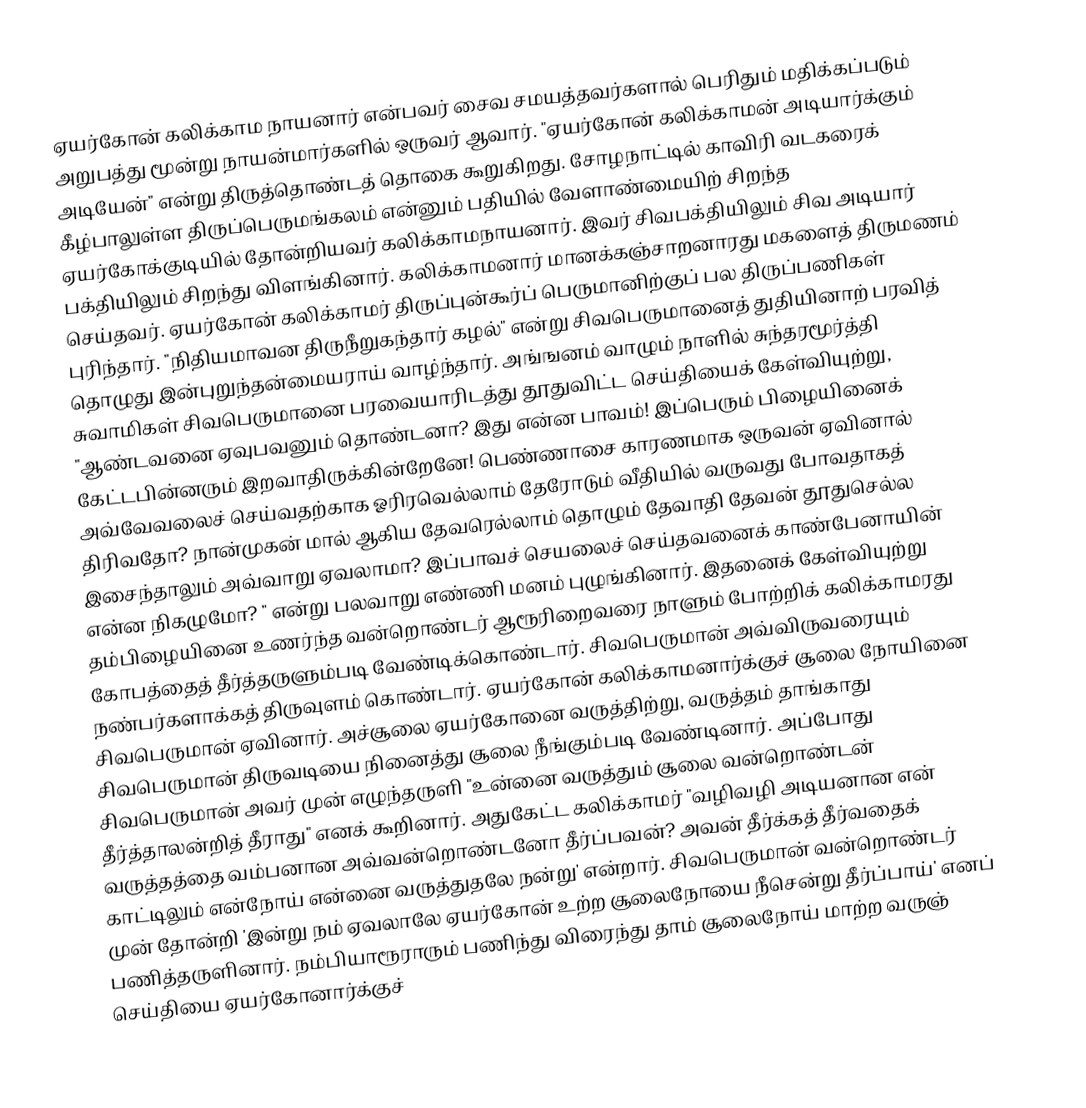
ஏயர்கோன் கலிக்காம நாயனார் என்பவர் சைவ சமயத்தவர்களால் பெரிதும் மதிக்கப்படும் அறுபத்து மூன்று நாயன்மார்களில் ஒருவர் ஆவார். "ஏயர்கோன் கலிக்காமன் அடியார்க்கும் அடியேன்"  என்று திருத்தொண்டத் தொகை கூறுகிறது. சோழநாட்டில் காவிரி வடகரைக் கீழ்பாலுள்ள திருப்பெருமங்கலம் என்னும் பதியில் வேளாண்மையிற் சிறந்த ஏயர்கோக்குடியில் தோன்றியவர் கலிக்காமநாயனார். இவர் சிவபக்தியிலும் சிவ அடியார் பக்தியிலும் சிறந்து விளங்கினார். கலிக்காமனார் மானக்கஞ்சாறனாரது மகளைத் திருமணம் செய்தவர். ஏயர்கோன் கலிக்காமர் திருப்புன்கூர்ப் பெருமானிற்குப் பல திருப்பணிகள் புரிந்தார். "நிதியமாவன திருநீறுகந்தார் கழல்"  என்று சிவபெருமானைத் துதியினாற் பரவித் தொழுது இன்புறுந்தன்மையராய் வாழ்ந்தார். அங்ஙனம் வாழும் நாளில் சுந்தரமூர்த்தி சுவாமிகள் சிவபெருமானை பரவையாரிடத்து தூதுவிட்ட செய்தியைக் கேள்வியுற்று, "ஆண்டவனை ஏவுபவனும் தொண்டனா? இது என்ன பாவம்! இப்பெரும் பிழையினைக் கேட்டபின்னரும் இறவாதிருக்கின்றேனே! பெண்ணாசை காரணமாக ஒருவன் ஏவினால் அவ்வேவலைச் செய்வதற்காக ஓரிரவெல்லாம் தேரோடும் வீதியில் வருவது போவதாகத் திரிவதோ? நான்முகன் மால் ஆகிய தேவரெல்லாம் தொழும் தேவாதி தேவன் தூதுசெல்ல இசைந்தாலும் அவ்வாறு ஏவலாமா? இப்பாவச் செயலைச் செய்தவனைக் காண்பேனாயின் என்ன நிகழுமோ? " என்று பலவாறு எண்ணி மனம் புழுங்கினார். இதனைக் கேள்வியுற்று தம்பிழையினை உணர்ந்த வன்றொண்டர் ஆரூரிறைவரை நாளும் போற்றிக் கலிக்காமரது கோபத்தைத் தீர்த்தருளும்படி வேண்டிக்கொண்டார். சிவபெருமான் அவ்விருவரையும் நண்பர்களாக்கத் திருவுளம் கொண்டார். ஏயர்கோன் கலிக்காமனார்க்குச் சூலை நோயினை சிவபெருமான் ஏவினார். அச்சூலை ஏயர்கோனை வருத்திற்று, வருத்தம் தாங்காது சிவபெருமான் திருவடியை நினைத்து சூலை நீங்கும்படி வேண்டினார். அப்போது சிவபெருமான் அவர் முன் எழுந்தருளி "உன்னை வருத்தும் சூலை வன்றொண்டன் தீர்த்தாலன்றித் தீராது" எனக் கூறினார். அதுகேட்ட கலிக்காமர் "வழிவழி அடியனான என் வருத்தத்தை வம்பனான அவ்வன்றொண்டனோ தீர்ப்பவன்? அவன் தீர்க்கத் தீர்வதைக் காட்டிலும் என்நோய் என்னை வருத்துதலே நன்று' என்றார். சிவபெருமான் வன்றொண்டர் முன் தோன்றி 'இன்று நம் ஏவலாலே ஏயர்கோன் உற்ற சூலைநோயை  நீசென்று தீர்ப்பாய்' எனப் பணித்தருளினார். நம்பியாரூராரும் பணிந்து விரைந்து தாம் சூலைநோய் மாற்ற வருஞ் செய்தியை ஏயர்கோனார்க்குச்